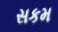
સકમ